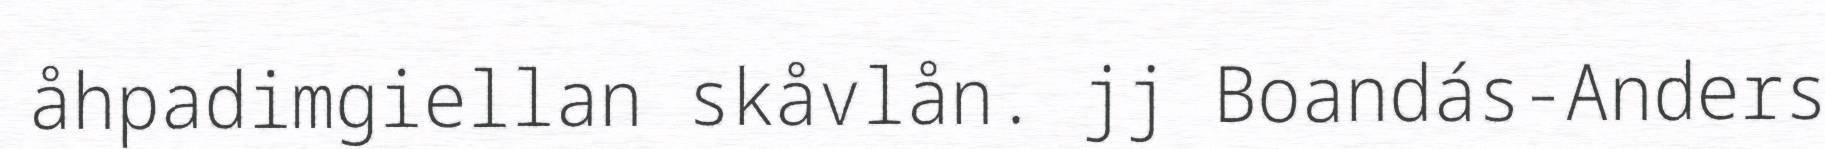
åhpadimgiellan skåvlån. jj Boandás-Anders